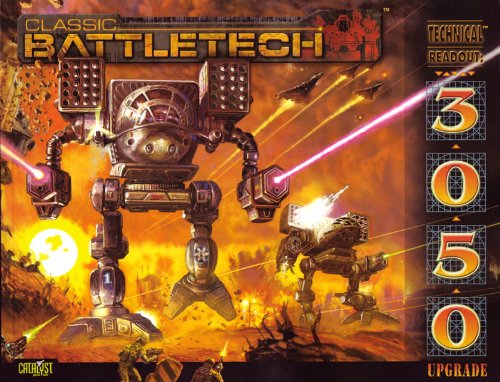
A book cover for Classic Battletech: Technical Readout: 3050 (FAS8614); Clare W. Hess; Science Fiction & Fantasy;